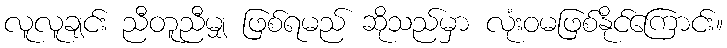
လူလူချင်း ညီတူညီမျှ ဖြစ်ရမည် ဆိုသည်မှာ လုံးဝမဖြစ်နိုင်ကြောင်း။